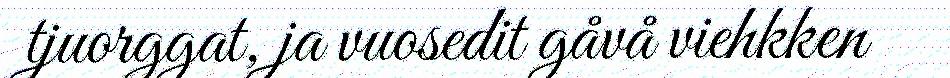
tjuorggat, ja vuosedit gåvå viehkken